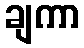
ချကာ